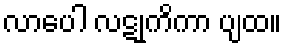
လာပေါ လဋုကိကာ ပျထ။